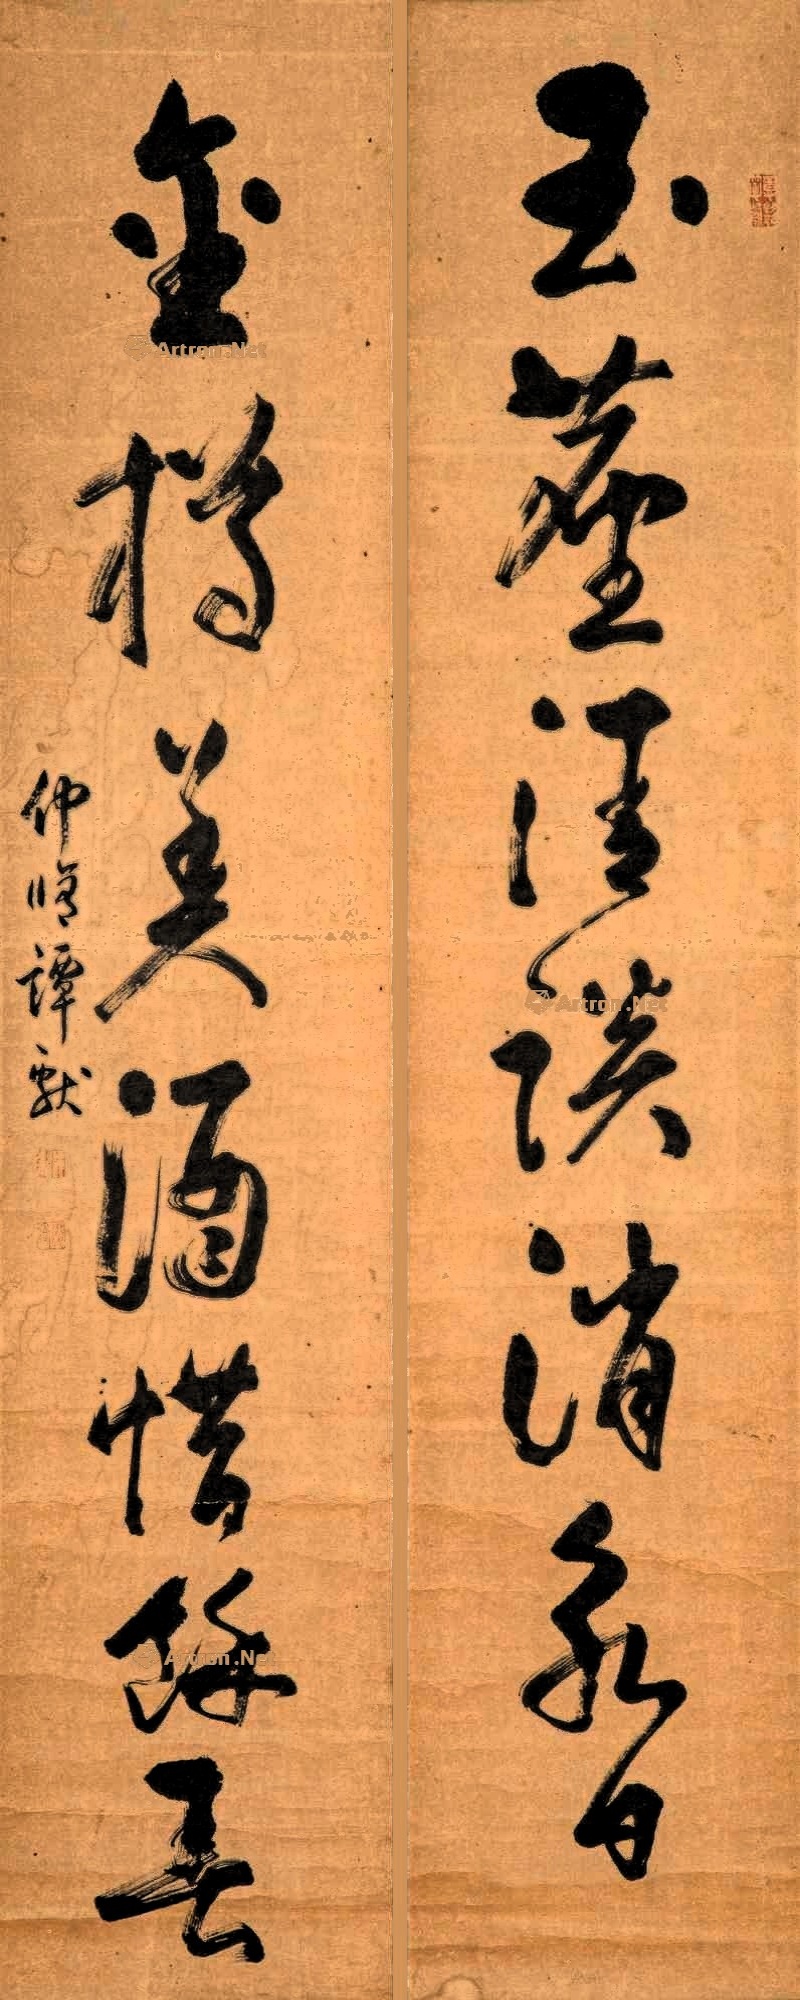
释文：玉麈清谈消永日，金樽美酒惜余春。仲修谭献。